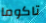
تاكوما